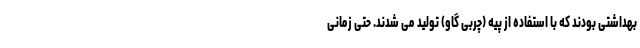
بهداشتی بودند که با استفاده از پیه (چربی گاو) تولید می شدند. حتی زمانی